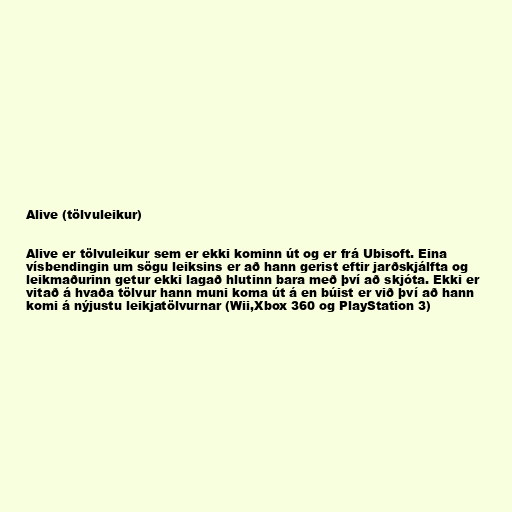
Alive (tölvuleikur)

Alive er tölvuleikur sem er ekki kominn út og er frá Ubisoft. Eina
vísbendingin um sögu leiksins er að hann gerist eftir jarðskjálfta og
leikmaðurinn getur ekki lagað hlutinn bara með því að skjóta. Ekki er
vitað á hvaða tölvur hann muni koma út á en búist er við því að hann
komi á nýjustu leikjatölvurnar (Wii,Xbox 360 og PlayStation 3)